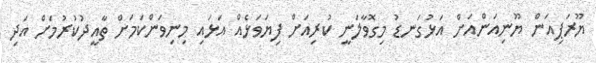
ޔޫރަޕިއަން ޔޫނިއަންއަށް އަޅުގަނޑު މިގޮވާލަނީ ކުރިއަށް ފިޔަވަޅެއް އަޅައި މިނިވަންކަމަށް ތާއީދުކުރުމަށް އަދި